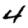
Digit: 4